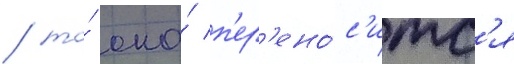
/ то́ оно́ п'ер'ено́с'итс'я